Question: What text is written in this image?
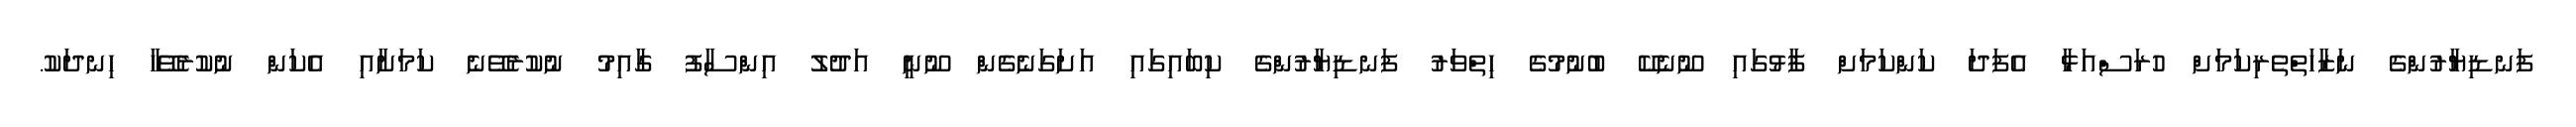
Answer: ފަނޑިޔާރުންގެ ނަޒާހަތްތެރިކަމަށް ހުރަސްއަޅާ އެފަދަ ކަންކަމަށް ފާޅުގައި ނޫނެކޭ ބުނުމުގެ ހިތްވަރު ފަނޑިޔާރުންގެ ކިބައިގައި އަށަގަނެގެން ނޫނީ އަދުލު އިންސާފު ގާއިމު ނުކުރެވޭނެ ކަމަށާއި އެކަން ނުކުރެވޭހާ ހިނދަކު.